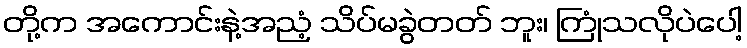
တို့က အကောင်းနဲ့အညံ့ သိပ်မခွဲတတ် ဘူး၊ ကြုံသလိုပဲပေါ့